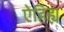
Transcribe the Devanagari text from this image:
ऐहिह्य